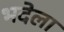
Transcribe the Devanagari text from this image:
भदेला